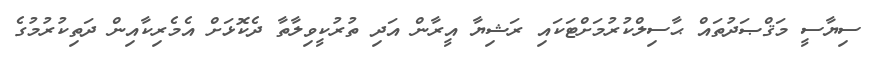
ސިޔާސީ މަޤްޞަދުތައް ޙާސިލްކުރުމަށްޓަކައި ރަޝިޔާ އީރާން އަދި ތުރުކީވިލާތާ ދެކޮޅަށް އެމެރިކާއިން ދަތިކުރުމުގެ